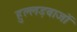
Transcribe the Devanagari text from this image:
हुल्लड़बाजों